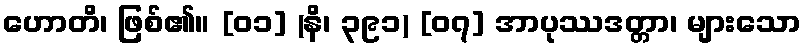
ဟောတိ၊ ဖြစ်၏။ [၀၁] (နိ၊ ၃၉၁) [၀၇] အာပုဿဒတ္တာ၊ များသော